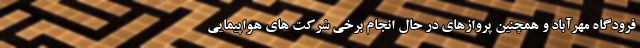
فرودگاه مهرآباد و همچنین پروازهای در حال انجام برخی شرکت های هواپیمایی